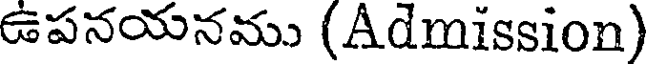
ఉపనయనము (Admission)